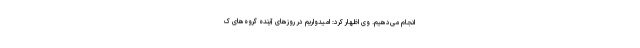
انجام می‌دهیم. وی اظهار کرد: امیدواریم در روزهای آینده گروه‌های ک